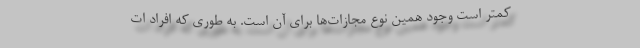
کمتر است وجود همین نوع مجازات‌ها برای آن است. به طوری که افراد ات